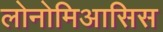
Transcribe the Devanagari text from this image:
लोनोमिआसिस